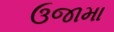
ઉજામા